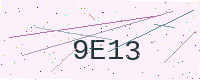
Text: 9E13